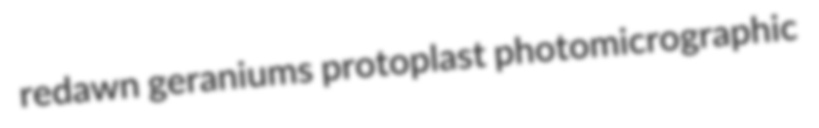
redawn geraniums protoplast photomicrographic